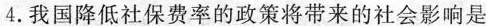
4.我国降低社保费率的政策将带来的社会影响是